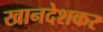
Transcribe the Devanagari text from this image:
खानदेशकर